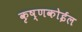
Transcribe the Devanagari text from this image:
कृष्णकोईल